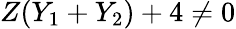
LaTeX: Z(Y_{1}+Y_{2})+4\neq 0